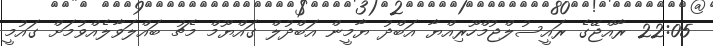
22:05 ރާއްޖޭގެ ރައީސުލްޖުމްހޫރިއްޔާ އަބްދު ޔާމީން އަބްދުލް ގައްޔޫމް މެޗު ބައްލަވާލެއްވުމަށް ގައުމީ